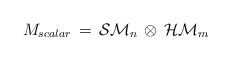
\begin{align*}M_{scalar} \, = \, {\cal SM}_n \, \otimes \, {\cal HM}_m\end{align*}